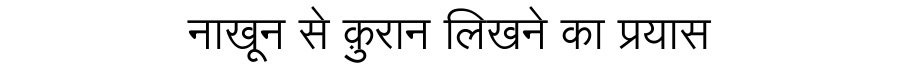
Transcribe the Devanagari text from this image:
नाखून से क़ुरान लिखने का प्रयास